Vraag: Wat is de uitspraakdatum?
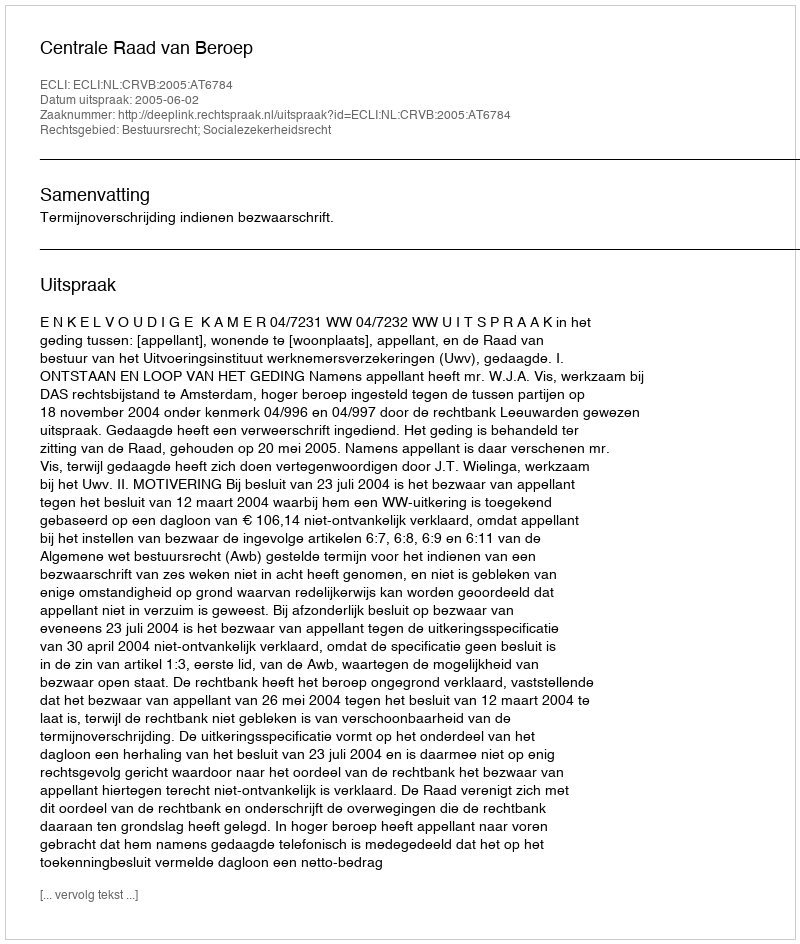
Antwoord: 2005-06-02